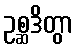
ဥစ္ဆဒိတွာ